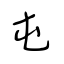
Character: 屯